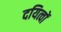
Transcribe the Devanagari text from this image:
दयित्वों